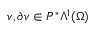
v , \partial v \in P ^ { \ast } \Lambda ^ { 1 } ( \Omega )